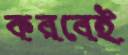
করবেই